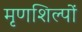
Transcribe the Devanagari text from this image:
मृणशिल्पों